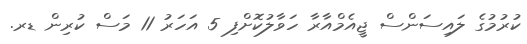
ކުރުމުގެ ލައިސަންސް ޖީއެމްއާރާ ހަވާލުކޮށްފި 5 އަހަރު 11 މަސް ކުރިން ޑރ.